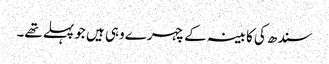
سندھ کی کابینہ کے چہرے وہی ہیں جو پہلے تھے۔